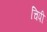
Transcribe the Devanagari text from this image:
चिपी